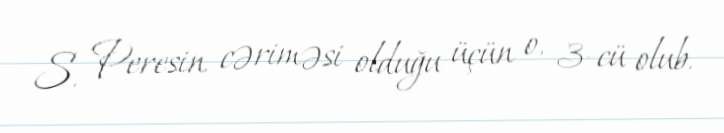
S. Peresin cəriməsi olduğu üçün o, 3-cü olub.